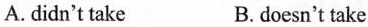
A. didn't take B. doesn't take